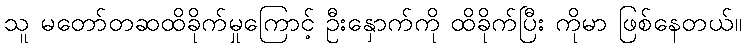
သူ မတော်တဆထိခိုက်မှုကြောင့် ဦးနှောက်ကို ထိခိုက်ပြီး ကိုမာ ဖြစ်နေတယ်။